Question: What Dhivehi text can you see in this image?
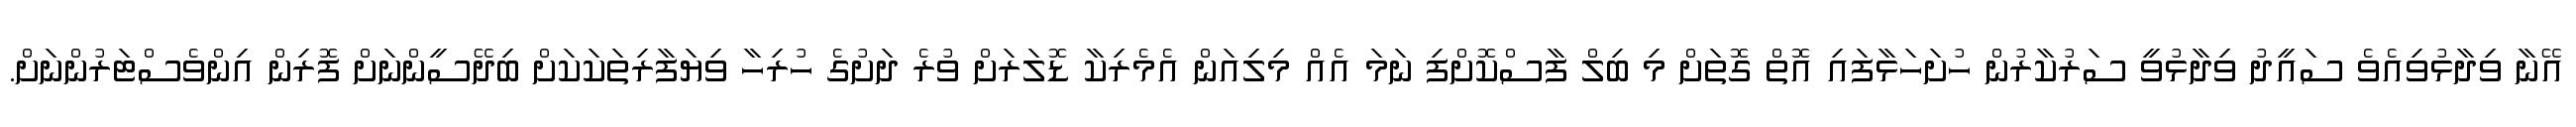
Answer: އޭނާ ވިދާޅުވިއެވެ ސައީދު ވިދާޅުވީ ސަރުކާރުން ހުށަހަޅާފައި އޮތް ގޮތަށް މި ބިލް ފާސްކޮށްފި ނަމަ އެއް މިލިއަން އެމެރިކާ ޑޮލަރަށް ވުރެ ދަށުގެ ހުރިހާ ވިޔަފާރިތަކަކަށް ބިދޭސީންނަށް ފޮރިން އިންވެސްޓަރުންނަށް.